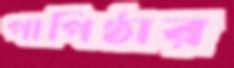
পাপিষ্ঠার